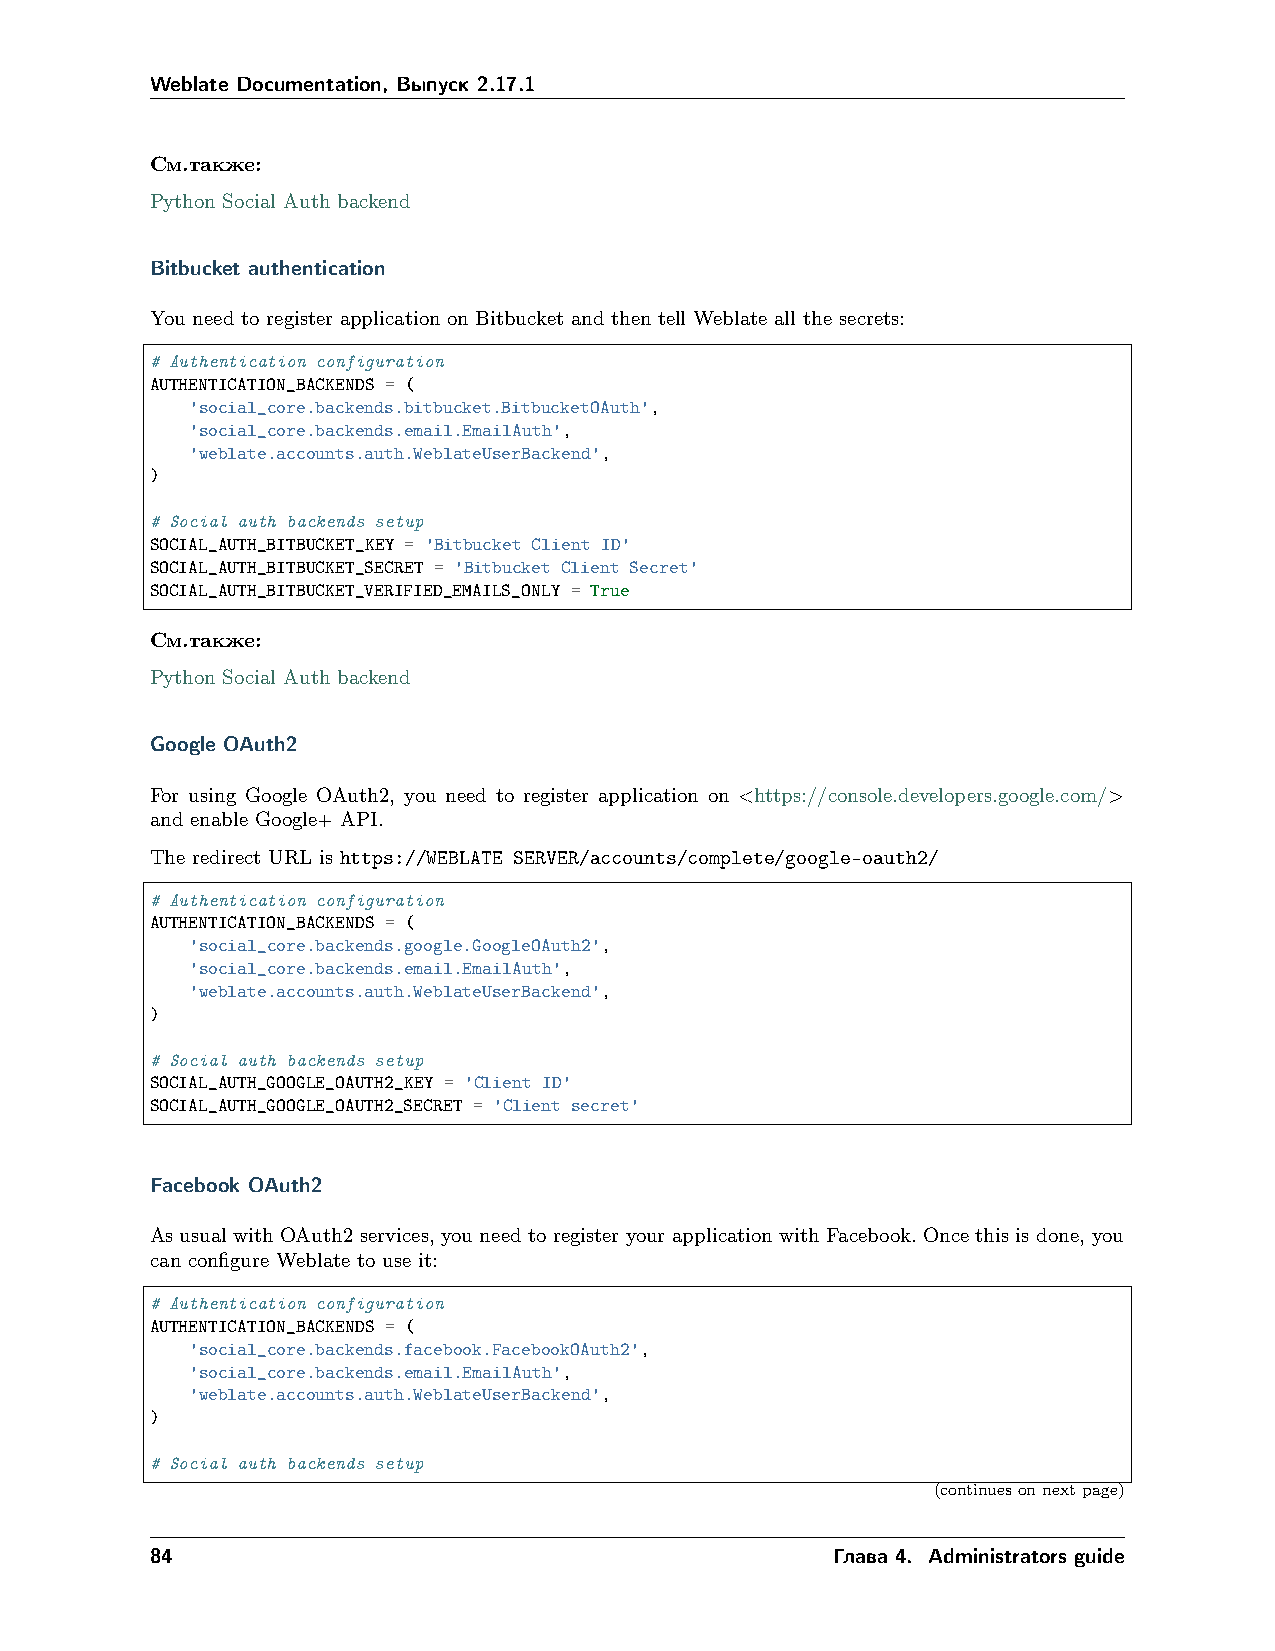
Weblate Documentation, Выпуск 2.17.1
 См.также:
 Python Social Auth backend
 Bitbucket authentication
 You need to register application on Bitbucket and then tell Weblate all the secrets:
 # Authentication configuration
 AUTHENTICATION_BACKENDS = (
 'social_core.backends.bitbucket.BitbucketOAuth',
 'social_core.backends.email.EmailAuth',
 'weblate.accounts.auth.WeblateUserBackend',
 )
 # Social auth backends setup
 SOCIAL_AUTH_BITBUCKET_KEY = 'Bitbucket Client ID'
 SOCIAL_AUTH_BITBUCKET_SECRET = 'Bitbucket Client Secret'
 SOCIAL_AUTH_BITBUCKET_VERIFIED_EMAILS_ONLY = True
 См.также:
 Python Social Auth backend
 Google OAuth2
 For using Google OAuth2, you need to register application on <https://console.developers.google.com/>
 and enable Google+ API.
 The redirect URL is https://WEBLATE SERVER/accounts/complete/google-oauth2/
 # Authentication configuration
 AUTHENTICATION_BACKENDS = (
 'social_core.backends.google.GoogleOAuth2',
 'social_core.backends.email.EmailAuth',
 'weblate.accounts.auth.WeblateUserBackend',
 )
 # Social auth backends setup
 SOCIAL_AUTH_GOOGLE_OAUTH2_KEY = 'Client ID'
 SOCIAL_AUTH_GOOGLE_OAUTH2_SECRET = 'Client secret'
 Facebook OAuth2
 As usual with OAuth2 services, you need to register your application with Facebook. Once this is done, you
 can configure Weblate to use it:
 # Authentication configuration
 AUTHENTICATION_BACKENDS = (
 'social_core.backends.facebook.FacebookOAuth2',
 'social_core.backends.email.EmailAuth',
 'weblate.accounts.auth.WeblateUserBackend',
 )
 # Social auth backends setup
 (continuesonnextpage)
 84                                           Глава 4. Administrators guide